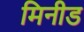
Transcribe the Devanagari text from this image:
मिनीड